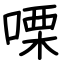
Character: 㗚